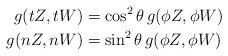
LaTeX: \begin{align*}g(tZ, tW)&=\cos^2\theta \, g(\phi Z, \phi W) \\g(nZ, nW)&=\sin^2 \theta \, g(\phi Z, \phi W) \end{align*}